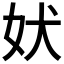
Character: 𫰋